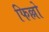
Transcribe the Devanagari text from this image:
फिल्लो